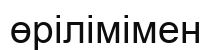
өрілімімен